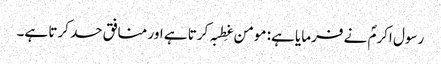
رسول اکرمؐ نے فرمایا ہے: مومن غِطبہ کرتا ہے اور منافق حسد کرتا ہے۔